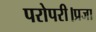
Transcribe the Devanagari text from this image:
परोपरी।प्रजा